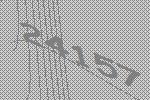
24157